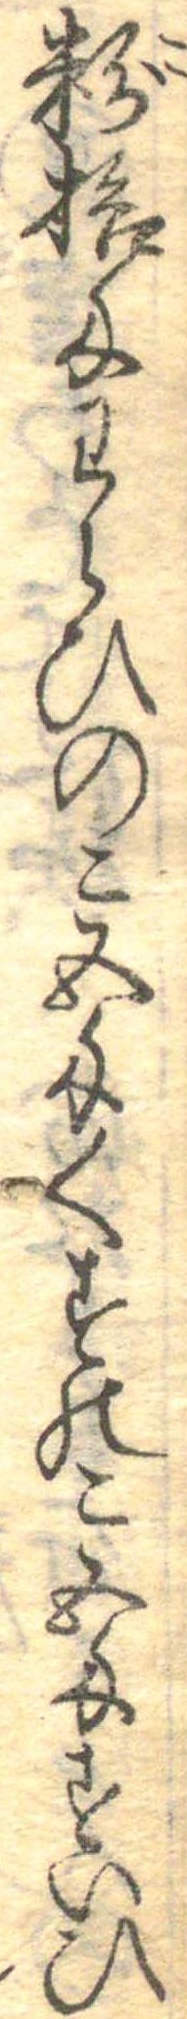
粉拾匁わらひのこ五匁くすのこ五匁すいひ